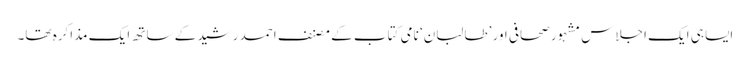
ایسا ہی ایک اجلاس مشہور صحافی اور ’طالبان‘ نامی کتاب کے مصنف احمد رشید کے ساتھ ایک مذاکرہ تھا۔